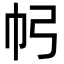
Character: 𢁠